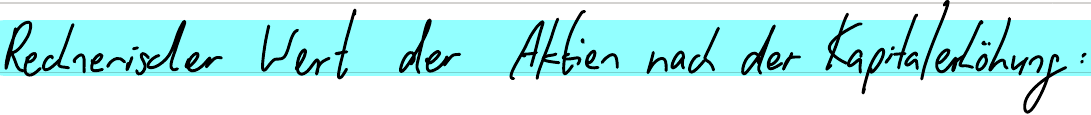
Rechnerischer Wert der Aktien nach der Kapitalerhöhung: